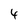
Character: 4